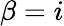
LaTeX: \beta=i